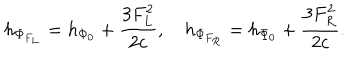
h _ { \Phi _ { F _ { L } } } = h _ { \Phi _ { 0 } } + { \frac { 3 F _ { L } ^ { 2 } } { 2 c } } , h _ { \Phi _ { F _ { R } } } = h _ { \Phi _ { 0 } } + { \frac { 3 F _ { R } ^ { 2 } } { 2 c } } .